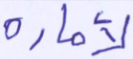
لأمارة